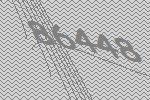
86448